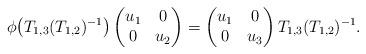
LaTeX: \begin{gather*}\phi\big(T_{1,3} (T_{1,2} )^{-1}\big)\begin{pmatrix}u_{1}&0\\0&u_{2}\end{pmatrix}=\begin{pmatrix}u_{1}&0\\0&u_{3}\end{pmatrix}T_{1,3} (T_{1,2} )^{-1}.\end{gather*}